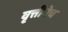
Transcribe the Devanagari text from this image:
वृत्तीनेच